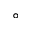
^ \circ